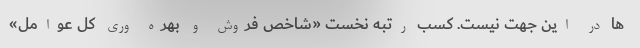
ها در این جهت نیست. کسب رتبه نخست «شاخص فروش و بهره وری کل عوامل»